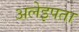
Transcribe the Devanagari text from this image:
अलेइपता